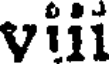
vili